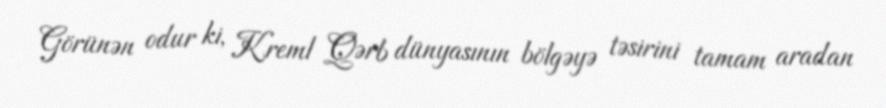
Görünən odur ki, Kreml Qərb dünyasının bölgəyə təsirini tamam aradan